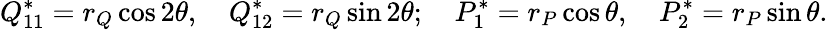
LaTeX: Q_{11}^{*}=r_{Q}\cos{2\theta},\quad Q_{12}^{*}=r_{Q}\sin{2\theta};\quad P_{1}^{*}=r_{P}\cos{\theta},\quad P_{2}^{*}=r_{P}\sin{\theta}.